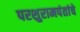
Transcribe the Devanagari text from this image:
परशुरामपंतांचे